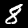
Digit: 8